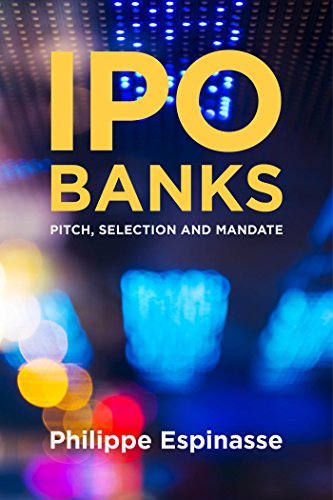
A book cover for IPO Banks: Pitch, Selection and Mandate; Philippe Espinasse; Business & Money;